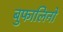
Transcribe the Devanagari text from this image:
बुफालिनो